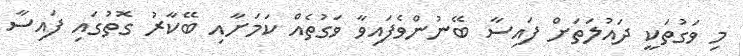
މި ވަގުތަކީ ދައުލަތަށް ފައިސާ ބޭނުންވެފައިވާ ވަގުތެއް ކަމަށާއި ބޭކާރު ގޮތުގައި ފައިސާ